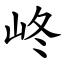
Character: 峂